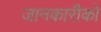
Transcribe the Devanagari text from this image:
जानकारीको